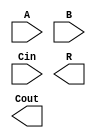
`timescale 1ns / 1ps

module Alu4Bit( input [3:0]A,B , input Cin, output [3:0] R, output Cout );

endmodule